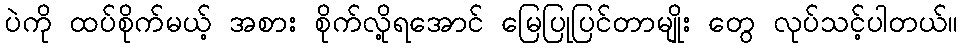
ပဲကို ထပ်စိုက်မယ့် အစား စိုက်လို့ရအောင် မြေပြုပြင်တာမျိုး တွေ လုပ်သင့်ပါတယ်။